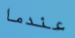
عندما